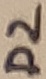
Text: D2